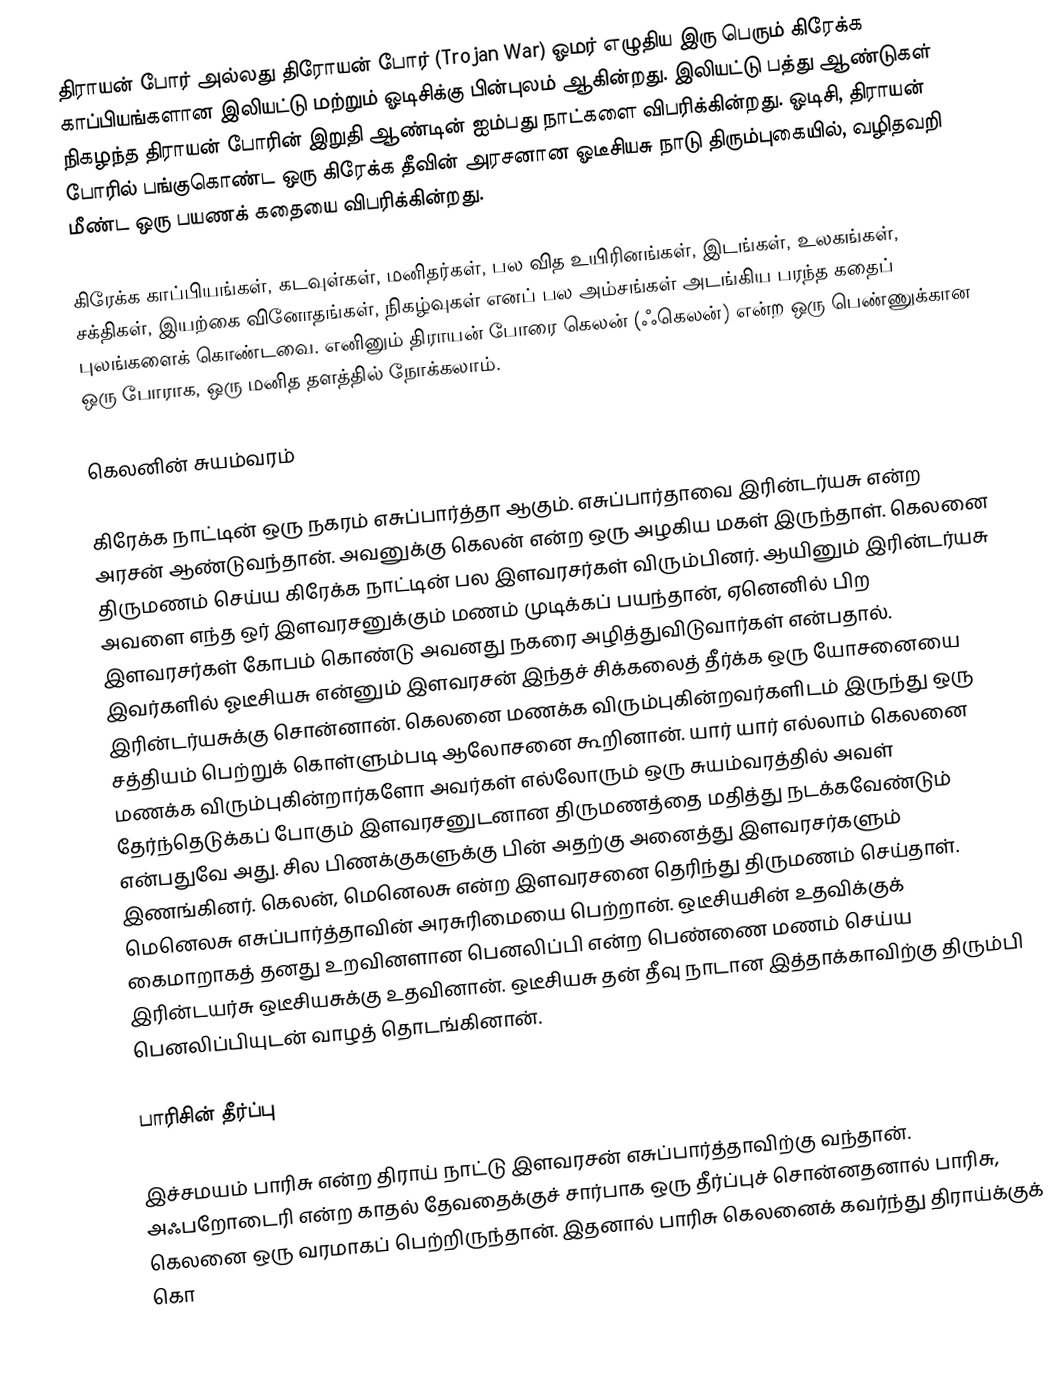
திராயன் போர் அல்லது திரோயன் போர் (Trojan War) ஓமர் எழுதிய இரு பெரும் கிரேக்க காப்பியங்களான இலியட்டு மற்றும் ஓடிசிக்கு பின்புலம் ஆகின்றது. இலியட்டு பத்து ஆண்டுகள் நிகழந்த திராயன் போரின் இறுதி ஆண்டின் ஐம்பது நாட்களை விபரிக்கின்றது. ஓடிசி, திராயன் போரில் பங்குகொண்ட ஒரு கிரேக்க தீவின் அரசனான ஓடீசியசு நாடு திரும்புகையில், வழிதவறி மீண்ட ஒரு பயணக் கதையை விபரிக்கின்றது.

கிரேக்க காப்பியங்கள், கடவுள்கள், மனிதர்கள், பல வித உயிரினங்கள், இடங்கள், உலகங்கள், சக்திகள், இயற்கை வினோதங்கள், நிகழ்வுகள் எனப் பல அம்சங்கள் அடங்கிய பரந்த கதைப் புலங்களைக் கொண்டவை. எனினும் திராயன் போரை கெலன் (ஃகெலன்) என்ற ஒரு பெண்ணுக்கான ஒரு போராக, ஒரு மனித தளத்தில் நோக்கலாம்.

கெலனின் சுயம்வரம்

கிரேக்க நாட்டின் ஒரு நகரம் எசுப்பார்த்தா ஆகும். எசுப்பார்தாவை இரின்டர்யசு என்ற அரசன் ஆண்டுவந்தான். அவனுக்கு கெலன் என்ற ஒரு அழகிய மகள் இருந்தாள். கெலனை திருமணம் செய்ய கிரேக்க நாட்டின் பல இளவரசர்கள் விரும்பினர். ஆயினும் இரின்டர்யசு அவளை எந்த ஒர் இளவரசனுக்கும் மணம் முடிக்கப் பயந்தான், ஏனெனில் பிற இளவரசர்கள் கோபம் கொண்டு அவனது நகரை அழித்துவிடுவார்கள் என்பதால். இவர்களில் ஓடீசியசு என்னும் இளவரசன் இந்தச் சிக்கலைத் தீர்க்க ஒரு யோசனையை இரின்டர்யசுக்கு சொன்னான். கெலனை மணக்க விரும்புகின்றவர்களிடம் இருந்து ஒரு சத்தியம் பெற்றுக் கொள்ளும்படி ஆலோசனை கூறினான். யார் யார் எல்லாம் கெலனை மணக்க விரும்புகின்றார்களோ அவர்கள் எல்லோரும் ஒரு சுயம்வரத்தில் அவள் தேர்ந்தெடுக்கப் போகும் இளவரசனுடனான திருமணத்தை மதித்து நடக்கவேண்டும் என்பதுவே அது. சில பிணக்குகளுக்கு பின் அதற்கு அனைத்து இளவரசர்களும் இணங்கினர். கெலன், மெனெலசு என்ற இளவரசனை தெரிந்து திருமணம் செய்தாள். மெனெலசு எசுப்பார்த்தாவின் அரசுரிமையை பெற்றான். ஒடீசியசின் உதவிக்குக் கைமாறாகத் தனது உறவினளான பெனலிப்பி என்ற பெண்ணை மணம் செய்ய இரின்டயர்சு ஒடீசியசுக்கு உதவினான். ஒடீசியசு தன் தீவு நாடான இத்தாக்காவிற்கு திரும்பி பெனலிப்பியுடன் வாழத் தொடங்கினான்.

பாரிசின் தீர்ப்பு

இச்சமயம் பாரிசு என்ற திராய் நாட்டு இளவரசன் எசுப்பார்த்தாவிற்கு வந்தான். அஃபறோடைரி என்ற காதல் தேவதைக்குச் சார்பாக ஒரு தீர்ப்புச் சொன்னதனால் பாரிசு, கெலனை ஒரு வரமாகப் பெற்றிருந்தான். இதனால் பாரிசு கெலனைக் கவர்ந்து திராய்க்குக் கொ